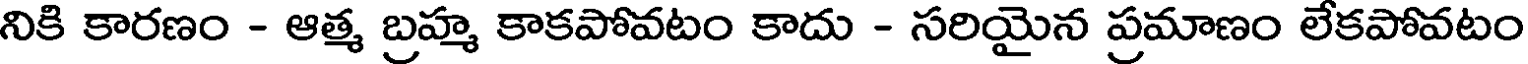
నికి కారణం - ఆత్మ బ్రహ్మ కాకపోవటం కాదు - సరియైన ప్రమాణం లేకపోవటం